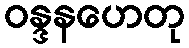
ဝန္ဒနဟေတု